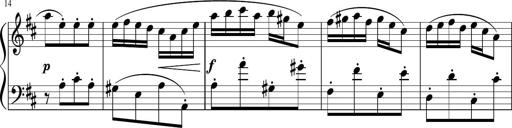
Title: 12 Keyboard Sonatinas
Composer: James Hook